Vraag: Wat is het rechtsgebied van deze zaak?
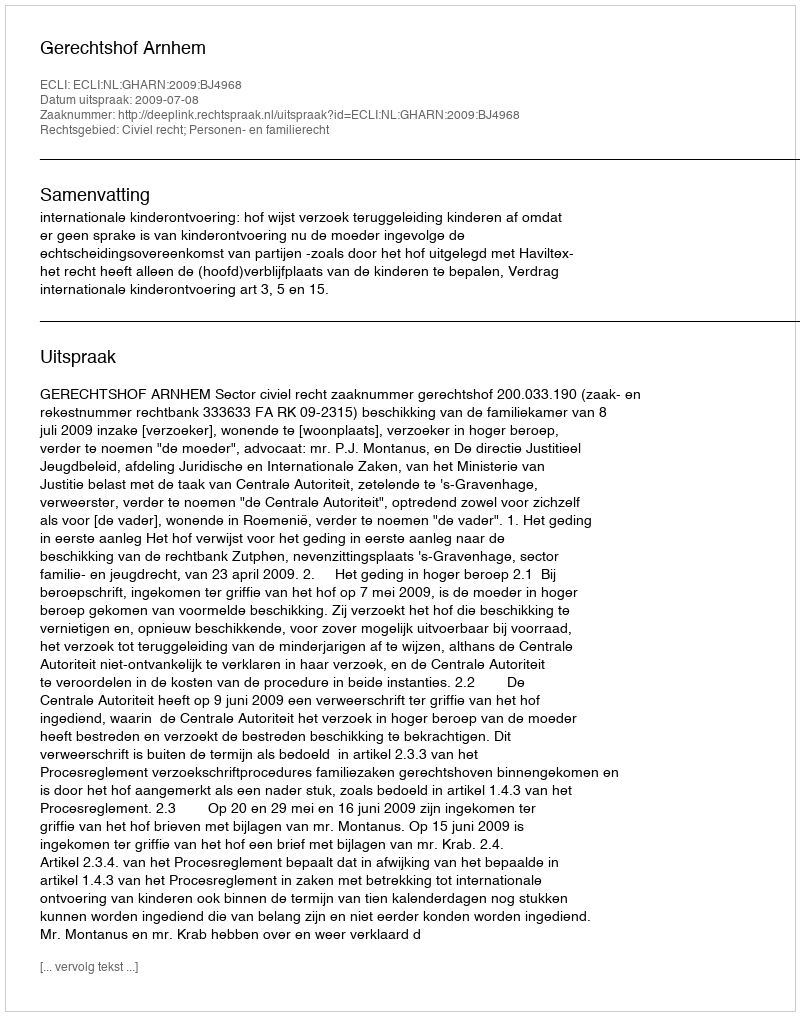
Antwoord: Civiel recht; Personen- en familierecht